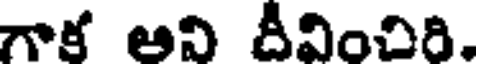
గాక ఆని దీవించిరి.